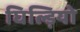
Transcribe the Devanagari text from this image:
घिल्ड़ियो